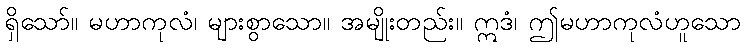
ရှိသော်။ မဟာကုလံ၊ များစွာသော။ အမျိုးတည်း။ ဣဒံ၊ ဤမဟာကုလံဟူသော